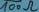
Text: 100Ω